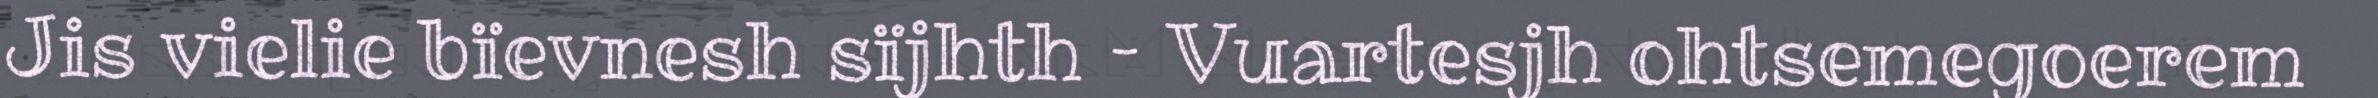
Jis vielie bïevnesh sïjhth – Vuartesjh ohtsemegoerem